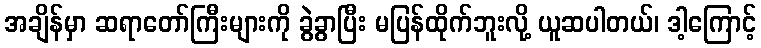
အချိန်မှာ ဆရာတော်ကြီးများကို ခွဲခွာပြီး မပြန်ထိုက်ဘူးလို့ ယူဆပါတယ်၊ ဒါ့ကြောင့်